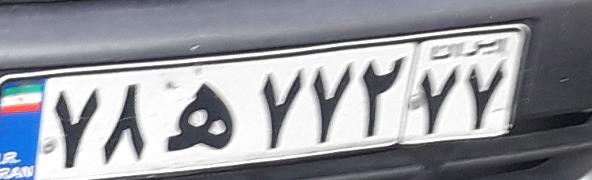
۷۸ه۷۷۲۷۷